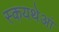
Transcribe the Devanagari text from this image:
स्कयथेआं